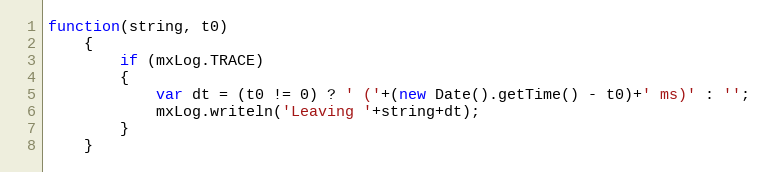
Language: JavaScript
function(string, t0)
	{
		if (mxLog.TRACE)
		{
			var dt = (t0 != 0) ? ' ('+(new Date().getTime() - t0)+' ms)' : '';
			mxLog.writeln('Leaving '+string+dt);
		}
	}